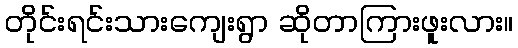
တိုင်းရင်းသားကျေးရွာ ဆိုတာကြားဖူးလား။